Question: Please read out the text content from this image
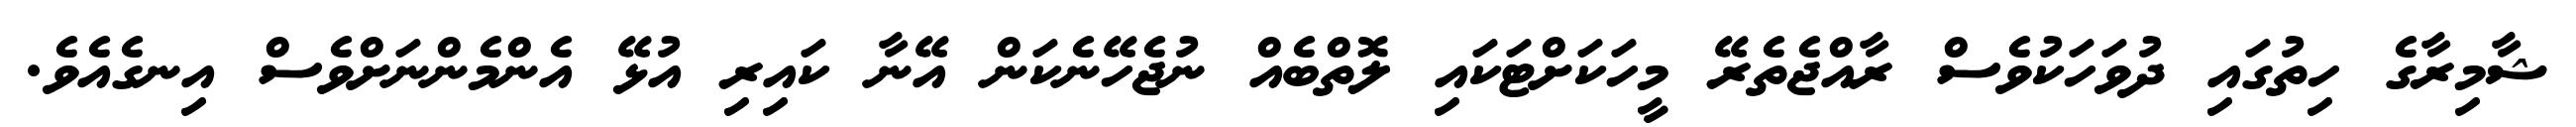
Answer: ޝާމިރާގެ ހިތުގައި ދުވަހަކުވެސް ރާއްޖެތެރޭ މީހަކަށްޓަކައި ލޮތްބެއް ނުޖެހޭނެކަން އޭނާ ކައިރި އުޅޭ އެންމެންނަށްވެސް އިނގެއެވެ.